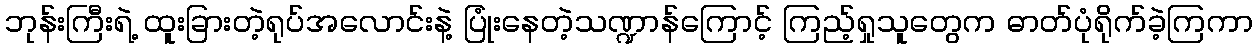
ဘုန်းကြီးရဲ့ ထူးခြားတဲ့ရုပ်အလောင်းနဲ့ ပြုံးနေတဲ့သဏ္ဍာန်ကြောင့် ကြည့်ရှုသူတွေက ဓာတ်ပုံရိုက်ခဲ့ကြကာ